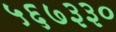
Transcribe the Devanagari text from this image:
५६७३३०